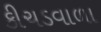
કીચડવાળા